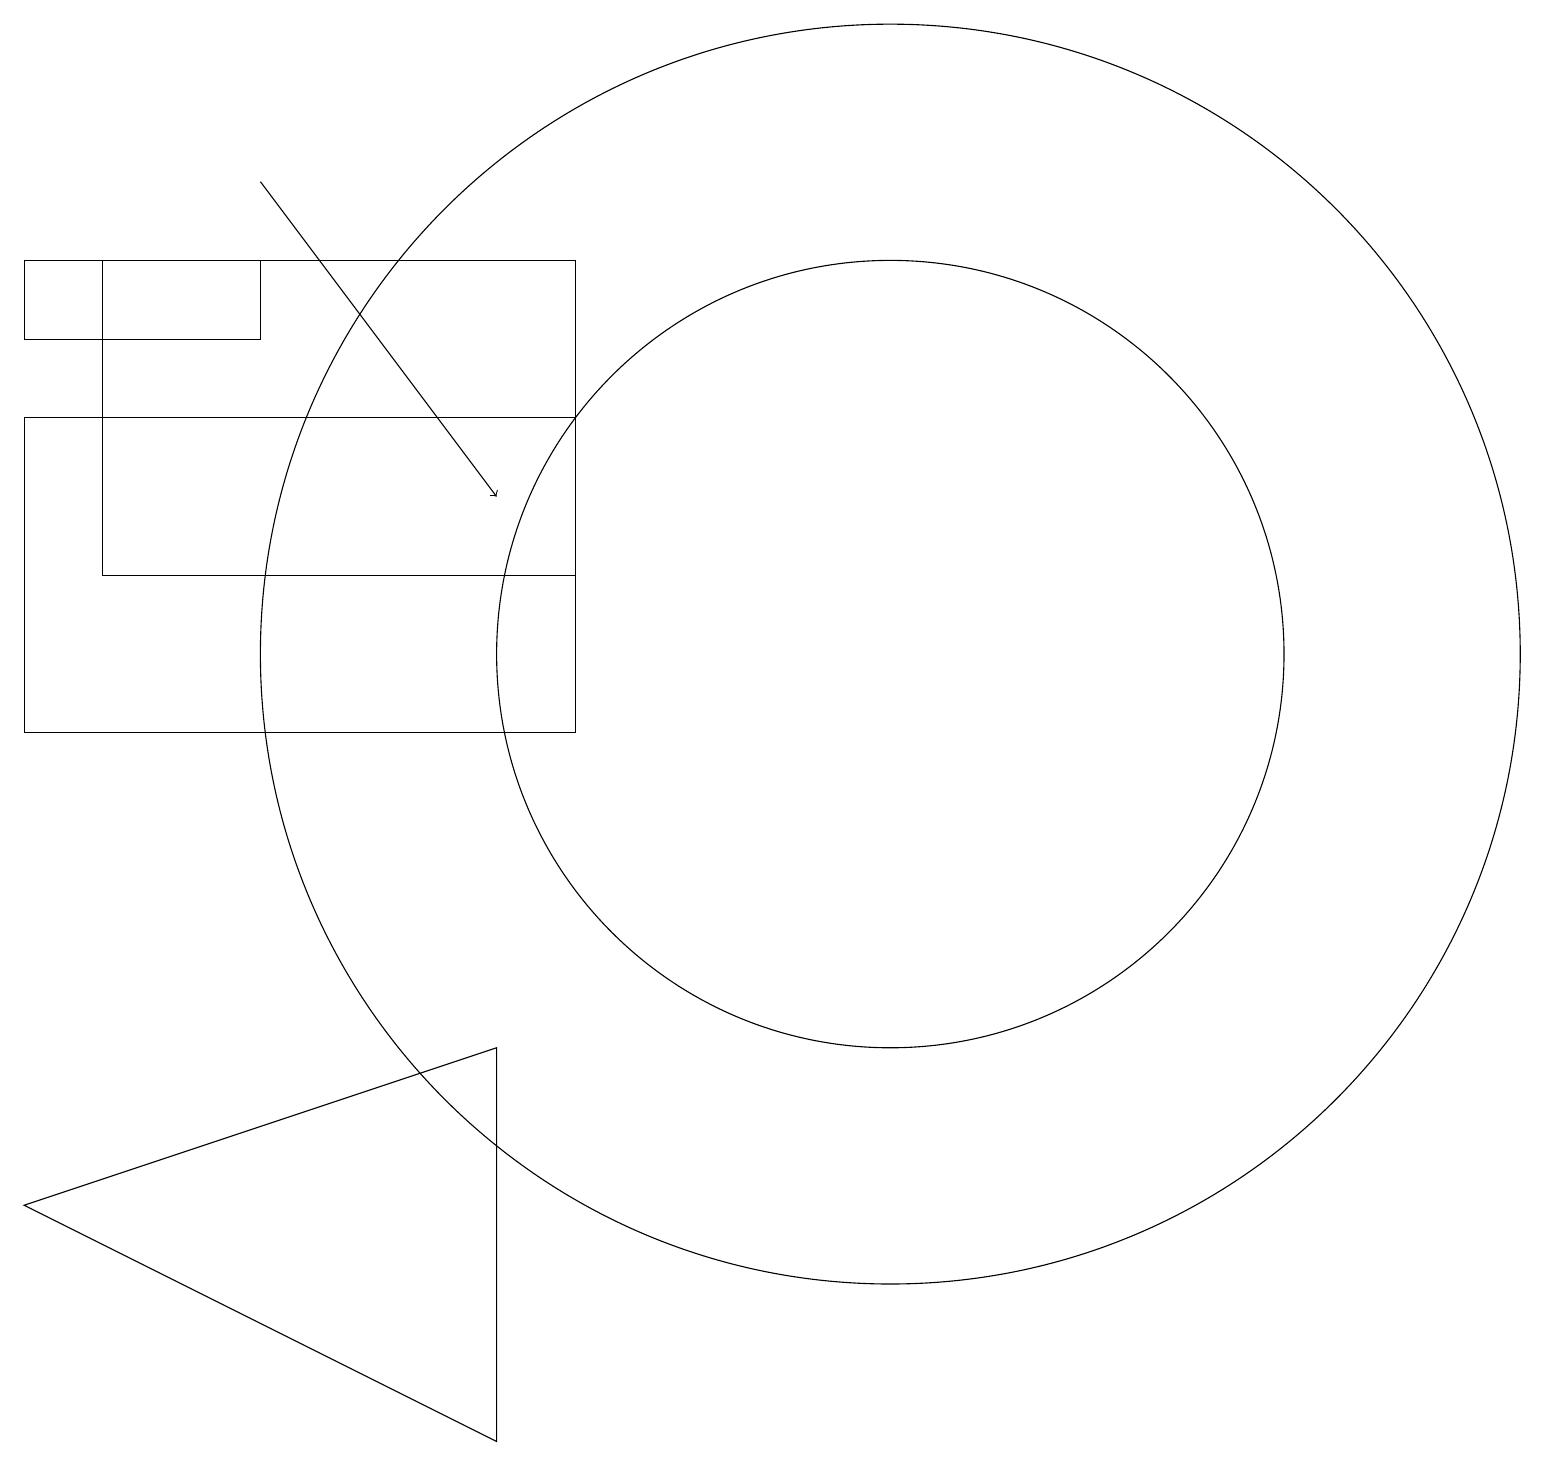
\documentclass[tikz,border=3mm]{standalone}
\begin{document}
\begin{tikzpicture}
\draw (3,15) rectangle (0,16);
\draw (7,16) rectangle (1,12);
\draw (6,6) -- (0,4) -- (6,1) -- cycle;
\draw[->] (3,17) -- (6,13);
\draw (11,11) circle (5);
\draw (7,14) rectangle (0,10);
\draw (11,11) circle (8);
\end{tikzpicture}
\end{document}